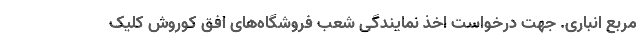
مربع انباری. جهت درخواست اخذ نمایندگی شعب فروشگاه‌های افق کوروش کلیک